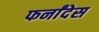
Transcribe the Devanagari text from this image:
फर्नांदेस